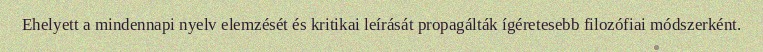
Ehelyett a mindennapi nyelv elemzését és kritikai leírását propagálták ígéretesebb filozófiai módszerként.